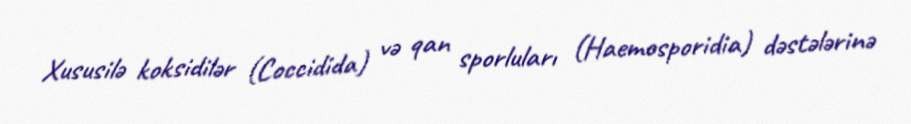
Xususilə koksidilər (Coccidida) və qan sporluları (Haemosporidia) dəstələrinə